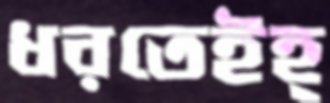
ধরতেইহ্